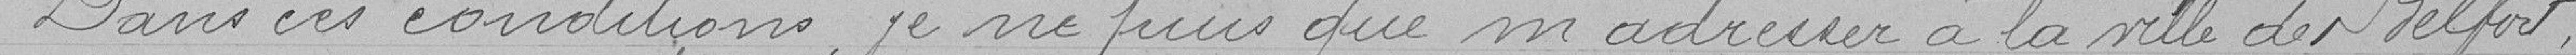
Dans ces conditions je ne puis que m'adresser à la ville de Belfort